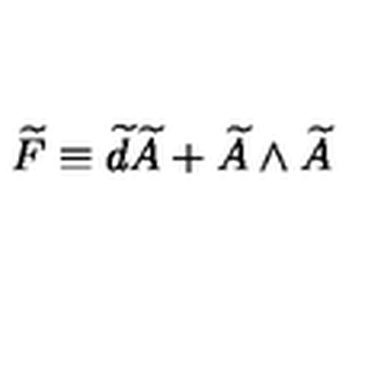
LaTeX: \widetilde { F } \equiv \widetilde { d } \widetilde { A } + \widetilde { A } \wedge \widetilde { A }